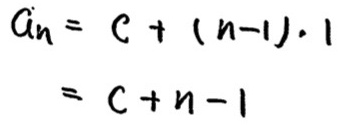
\[
\begin{align*}
a_{n}&=c+(n - 1)\cdot1\\
&=c + n-1
\end{align*}
\]